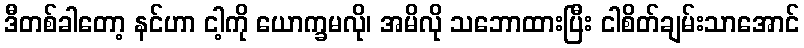
ဒီတစ်ခါတော့ နင်ဟာ ငါ့ကို ယောက္ခမလို၊ အမိလို သဘောထားပြီး ငါစိတ်ချမ်းသာအောင်